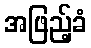
အဖြည့်ခံ